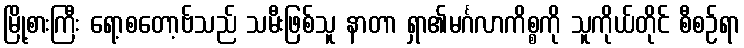
မြို့စားကြီး ရော့စတော့ဗ်သည် သမီးဖြစ်သူ နာတာ ရှာ၏မင်္ဂလာကိစ္စကို သူကိုယ်တိုင် စီစဉ်ရာ